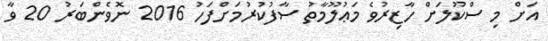
އަށް މި ސްކޫލަށް ހާޒިރުވެ މަޢުލޫމާތު ސާފުކުރުމަށްފަހު 2016 ނޮވެންބަރު 20 ވާ